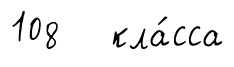
108 кла́сса